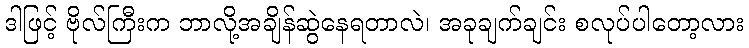
ဒါဖြင့် ဗိုလ်ကြီးက ဘာလို့အချိန်ဆွဲနေရတာလဲ၊ အခုချက်ချင်း စလုပ်ပါတော့လား